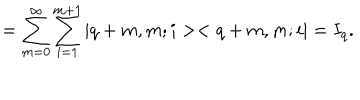
= \sum _ { m = 0 } ^ { \infty } \sum _ { i = 1 } ^ { m + 1 } | q + m , m ; i > < q + m , m ; i | = I _ { q } .